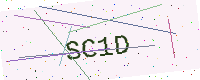
Text: SC1D